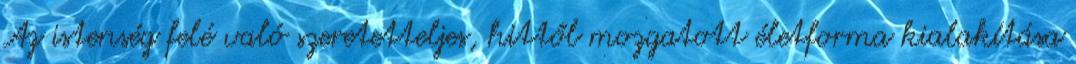
Az istenség felé való szeretetteljes, hittől mozgatott életforma kialakítása